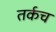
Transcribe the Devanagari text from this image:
तर्कच